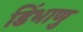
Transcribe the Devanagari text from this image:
डिंभाणु